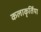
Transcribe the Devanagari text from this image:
कलाकृर्तिया